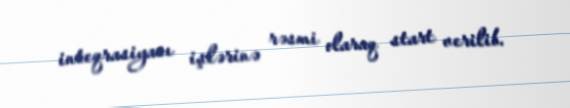
inteqrasiyası işlərinə rəsmi olaraq start verilib.